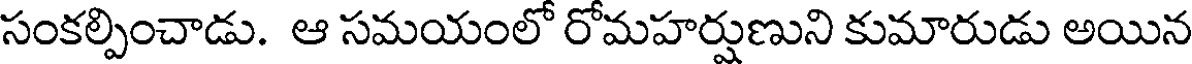
సంకల్పించాడు. ఆ సమయంలో రోమహర్షుణుని కుమారుడు అయిన